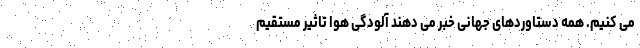
می کنیم. همه دستاوردهای جهانی خبر می دهند آلودگی هوا تاثیر مستقیم